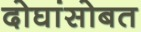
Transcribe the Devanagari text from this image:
दोघांसोबत